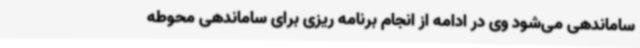
ساماندهی می‌شود وی در ادامه از انجام برنامه ریزی برای ساماندهی محوطه